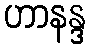
ဟာနန္ဒ